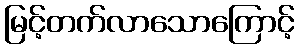
မြင့်တက်လာသောကြောင့်